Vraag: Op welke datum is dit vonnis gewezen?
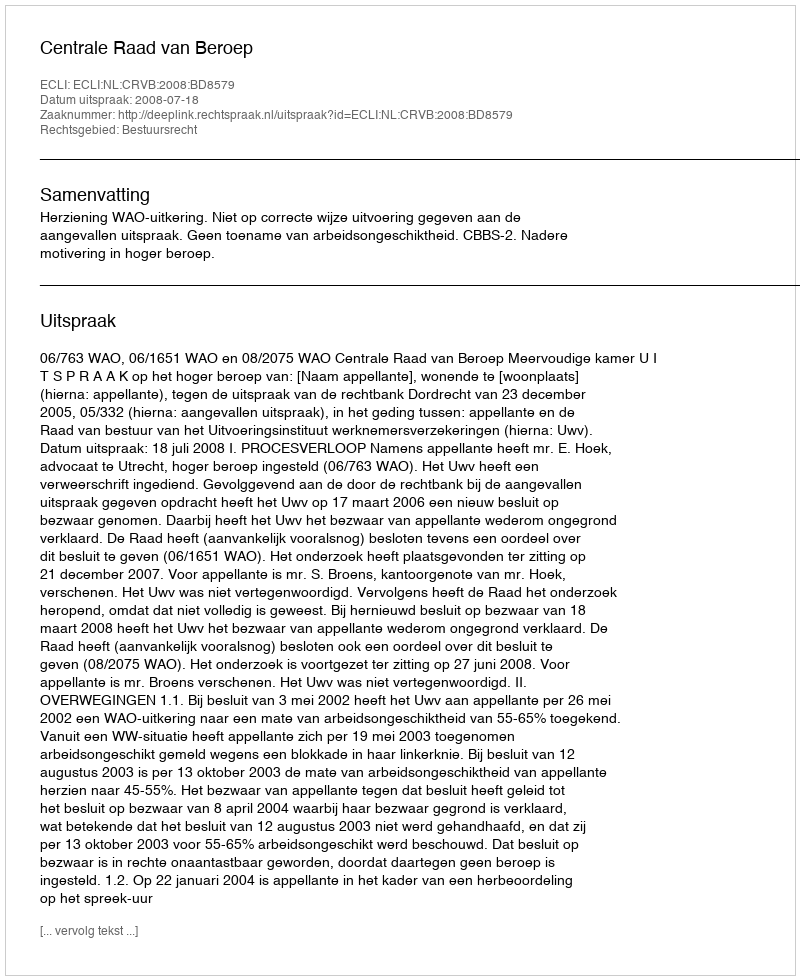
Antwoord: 2008-07-18